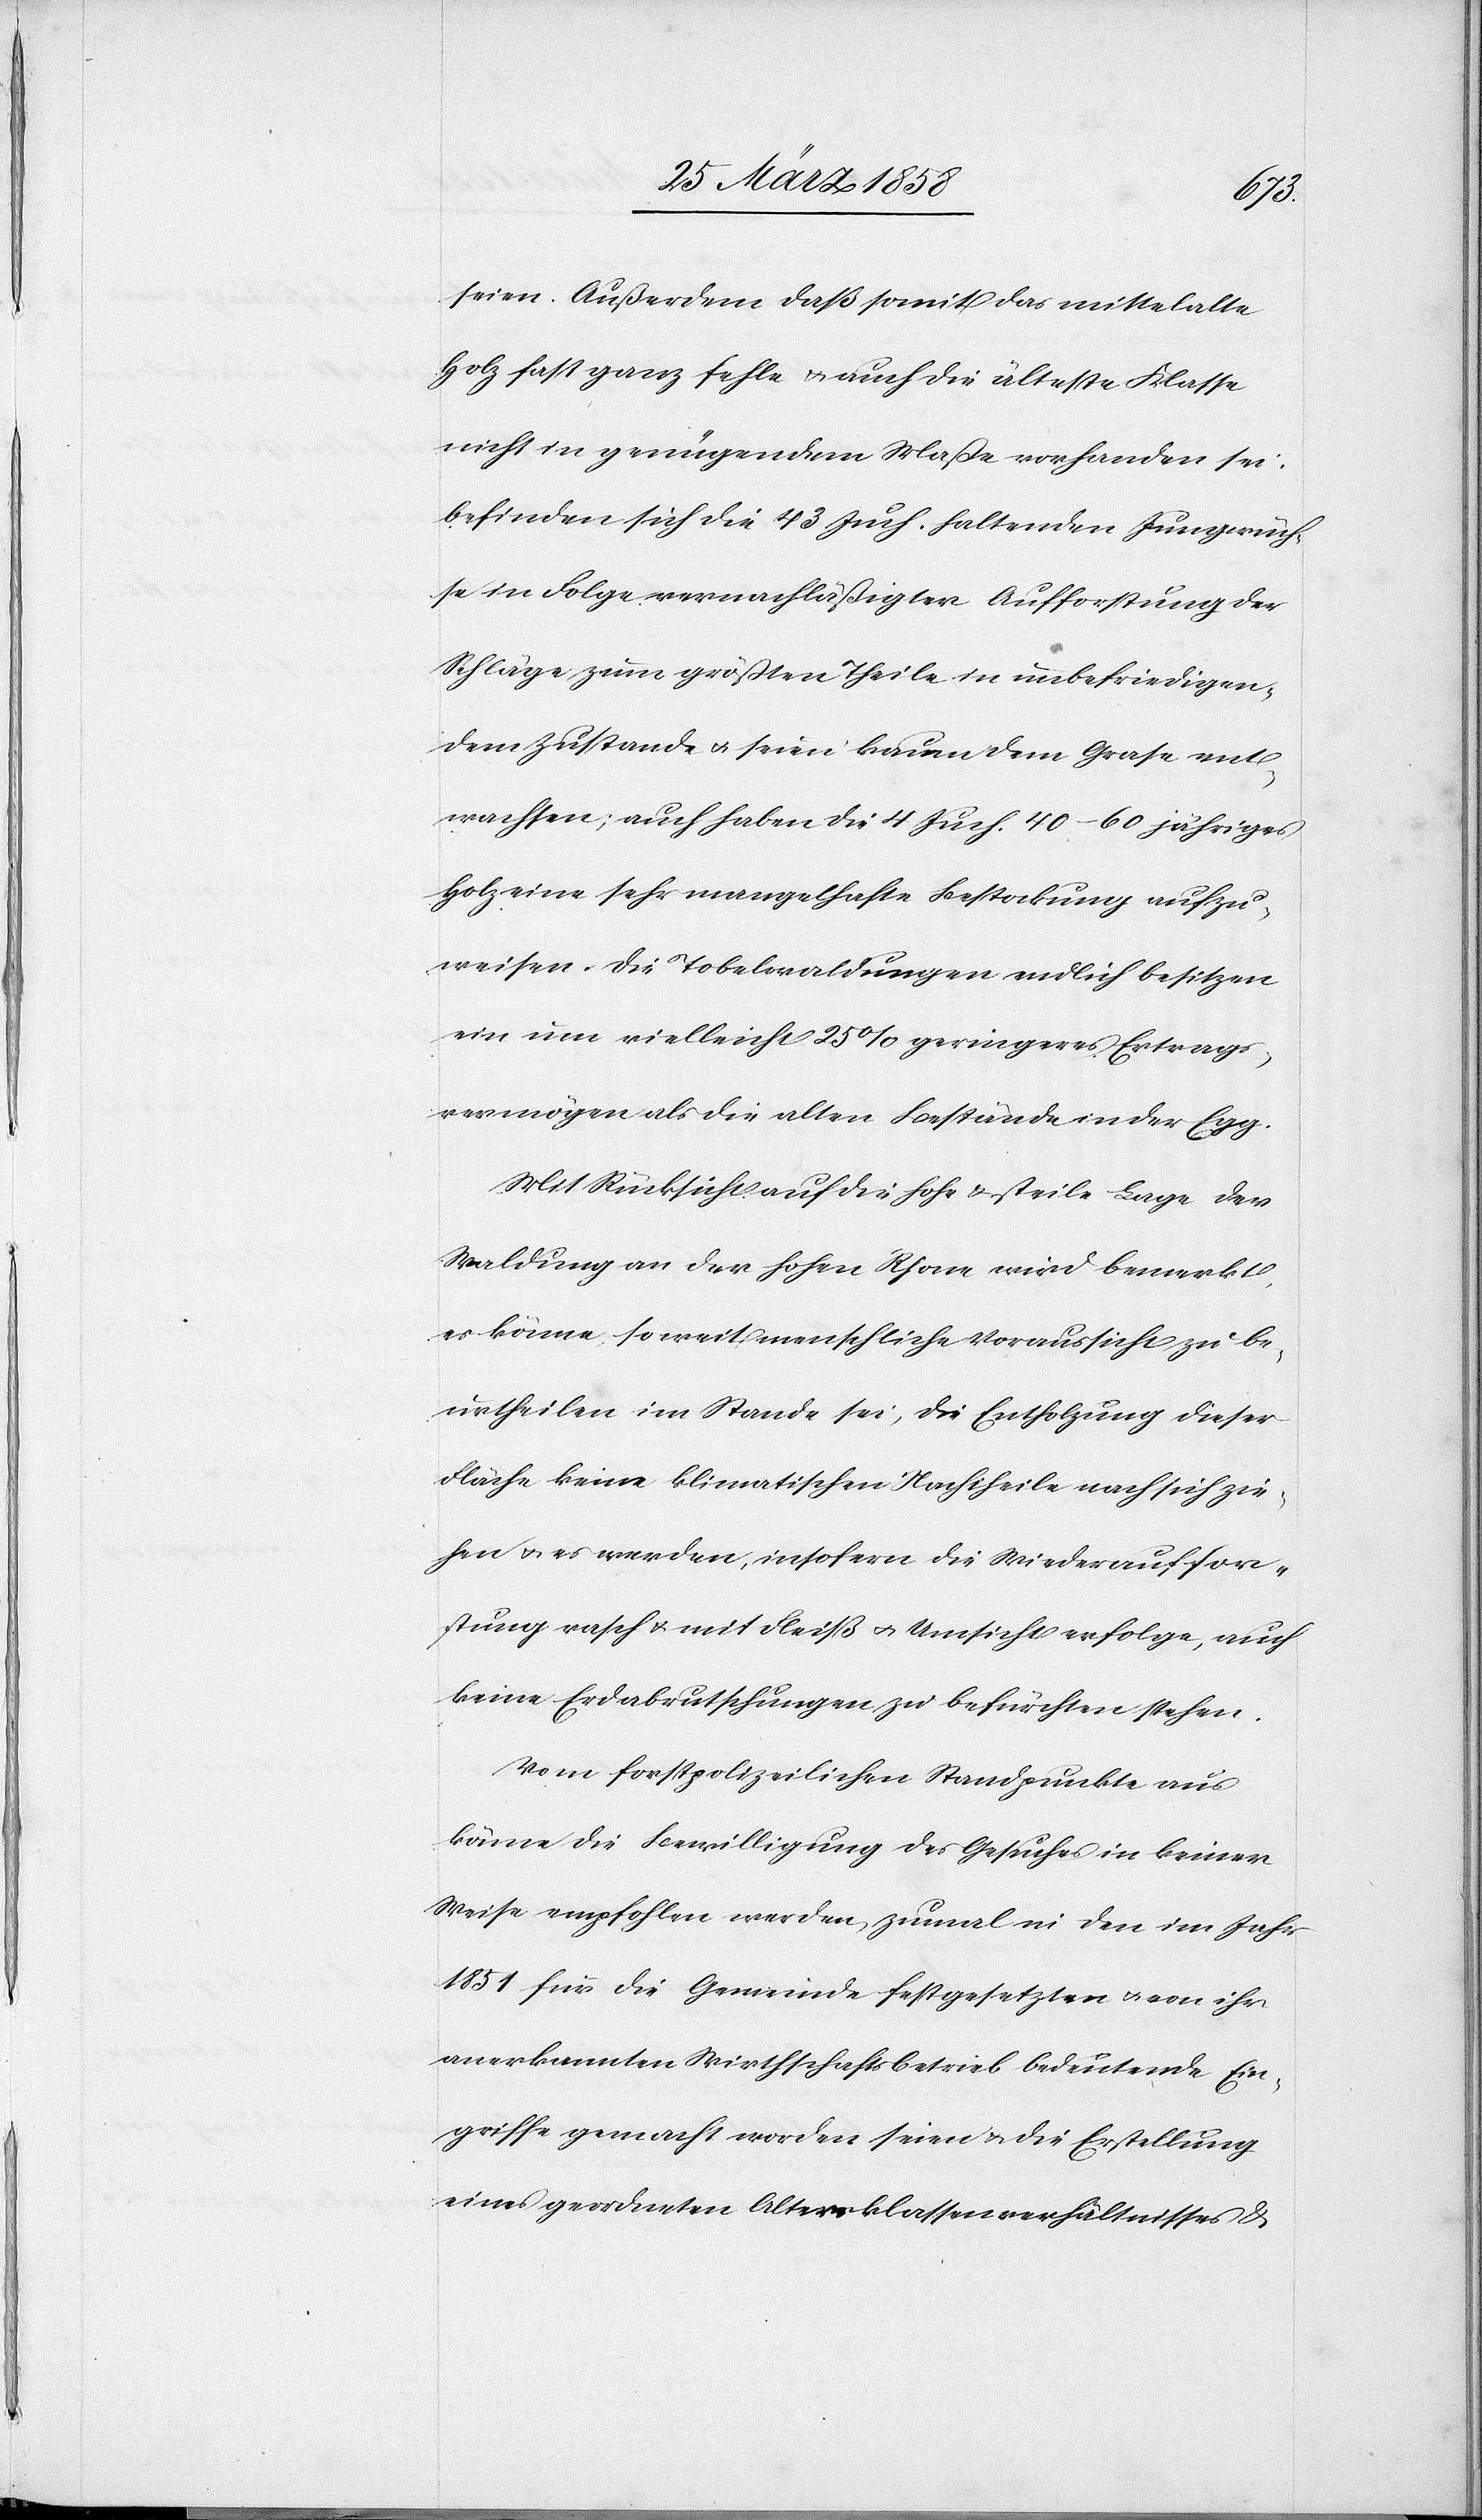
seien. Außerdem daß somit das mittelalte
Holz fast ganz fehle u. auch die älteste Klasse
nicht in genügendem Maße vorhanden sei,
befinden sich die 43 Juch. haltenden Jungwüch¬
se in Folge vernachläßigter Aufforstung der
Schläge zum größten Theile in unbefriedigen¬
dem Zustande u. seien kaum dem Grase ent¬
wachsen; auch haben die 4 Juch. 40–60 jähriges
Holz eine sehr mangelhafte Bestockung aufzu¬
weisen. Die Tobelwaldungen endlich besitzen
ein um vielleicht 25% geringeres Ertrags¬
vermögen als die alten Bestände in der Egg.
Mit Rücksicht auf die hohe u. steile Lage der
Waldung an der hohen Rhone wird bemerkt,
es könne, soweit menschliche Voraussicht zu be¬
urtheilen im Stande sei, die Entholzung dieser
Fläche keine klimatischen Nachtheile nach sich zie¬
hen u. es werden, insofern die Wiederauffor¬
stungung rasch u. mit Fleiß u. Umsicht erfolge, auch
keine Erdabrutschungen zu befürchten stehen.
Vom forstpolizeilichen Standpunkte aus
könne die Bewilligung des Gesuches in keiner
Weise empfohlen werden, zumal in den im Jahr
1851 für die Gemeinde festgesetzten u. von ihr
anerkannten Wirthschaftsbetrieb bedeutende Ein¬
griffe gemacht worden seien u. die Erstellung
eines geordneten Altersklassenverhältnisses u.